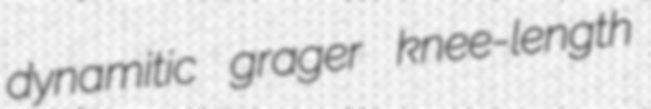
dynamitic grager knee-length